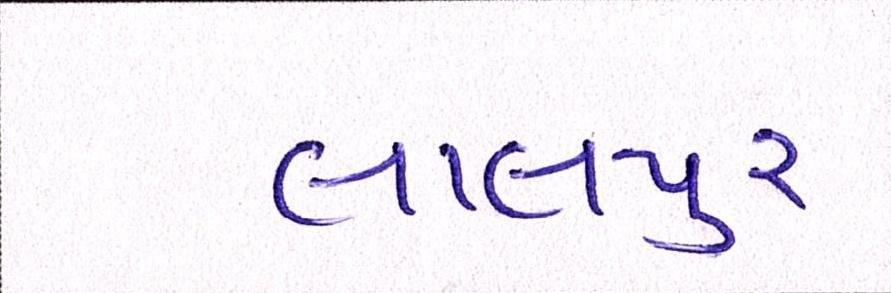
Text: લાલપુર